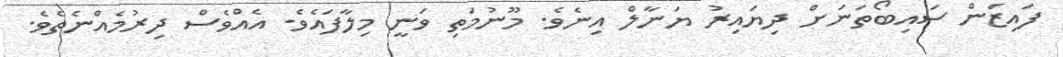
ފައިޒަން ސައިބޯތަނަށް ދިޔައިރު ޔަނާލް އިނެވެ. މޫނުމަތި ވަނީ މިލާފައެވެ. އެއްވެސް ދިރުމެއްނެތެވެ.